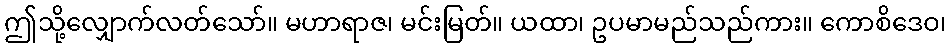
ဤသို့လျှောက်လတ်သော်။ မဟာရာဇ၊ မင်းမြတ်။ ယထာ၊ ဥပမာမည်သည်ကား။ ကောစိဒေဝ၊